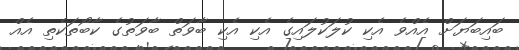
ބައިބަޔަށް އެއްވެ އެކި ކުލަކުލައިގެ އެކި އެކި ބާވަތް ބާވަތުގެ ކާބޯތަކެތި އެއް